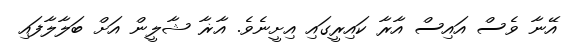
އޭނާ ވެސް އައިސް އާރާ ކައިރީގައި އިށީނެވެ. އާޜާ ޝާލީން އަށް ބަލާލާފައި